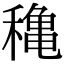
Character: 穐